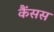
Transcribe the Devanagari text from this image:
कैंसस